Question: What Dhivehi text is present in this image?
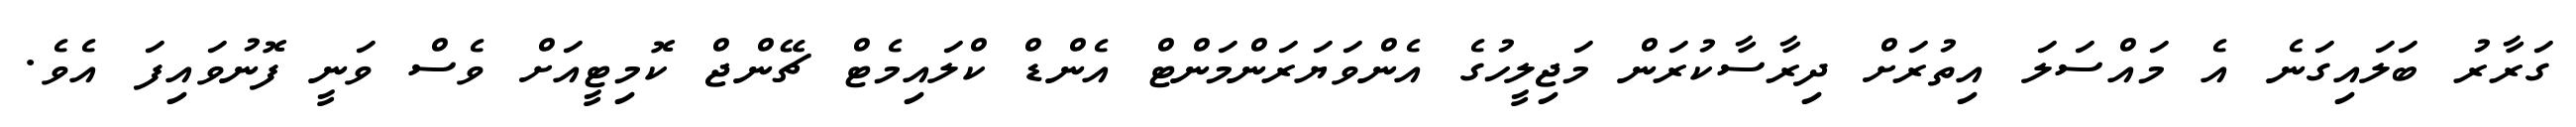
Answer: ގަރާރު ބަލައިގަނެ އެ މައްސަލަ އިތުރަށް ދިރާސާކުރަން މަޖިލީހުގެ އެންވަޔަރަންމަންޓް އެންޑް ކްލައިމެޓް ޗޭންޖް ކޮމިޓީއަށް ވެސް ވަނީ ފޮނުވައިފަ އެވެ.